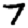
Digit: 7